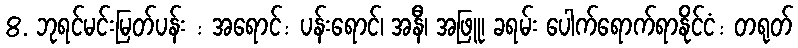
8. ဘုရင်မင်းမြတ်ပန်း : အရောင်: ပန်းရောင်၊ အနီ၊ အဖြူ၊ ခရမ်း ပေါက်ရောက်ရာနိုင်ငံ: တရုတ်